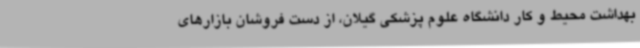
بهداشت محیط و کار دانشگاه علوم پزشکی گیلان، از دست فروشان بازارهای